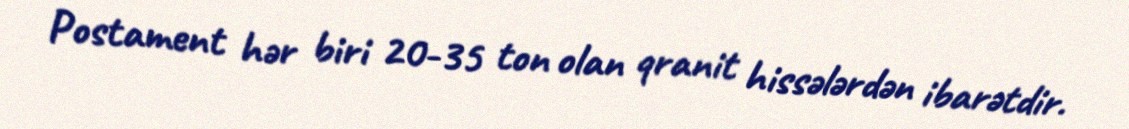
Postament hər biri 20-35 ton olan qranit hissələrdən ibarətdir.